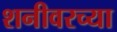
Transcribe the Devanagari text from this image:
शनीवरच्या